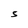
Character: S